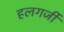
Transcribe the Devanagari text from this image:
हलगर्जी